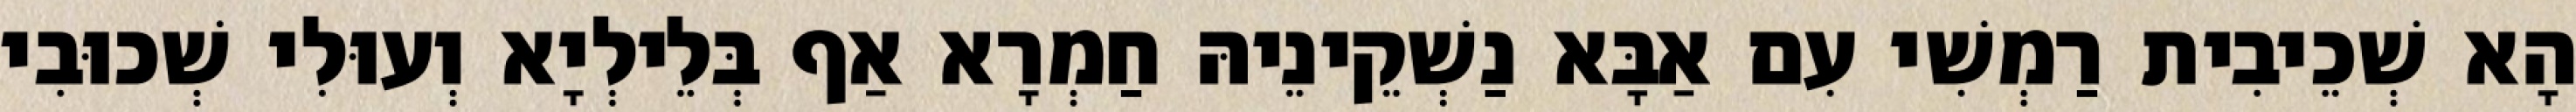
הָא שְׁכֵיבִית רַמְשִׁי עִם אַבָּא נַשְׁקֵינֵיהּ חַמְרָא אַף בְּלֵילְיָא וְעוּלִי שְׁכוּבִי